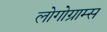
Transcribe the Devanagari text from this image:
लोगोग्राम्स